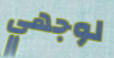
لوجهي